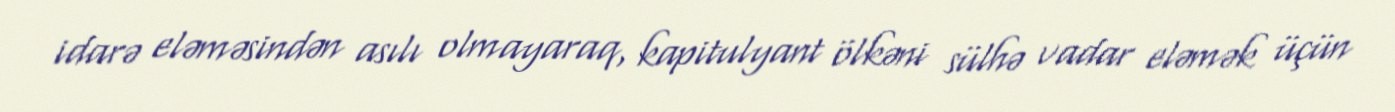
idarə eləməsindən asılı olmayaraq, kapitulyant ölkəni sülhə vadar eləmək üçün